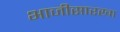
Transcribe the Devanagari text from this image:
भाजीसारखा